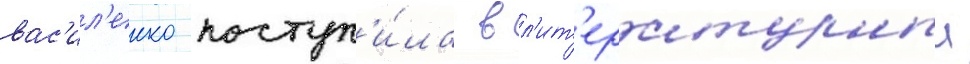
вас'ил'енко поступ'и́ла в л'ит'ературныи